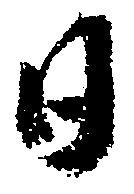
日